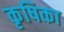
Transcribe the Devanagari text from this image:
कृषिका